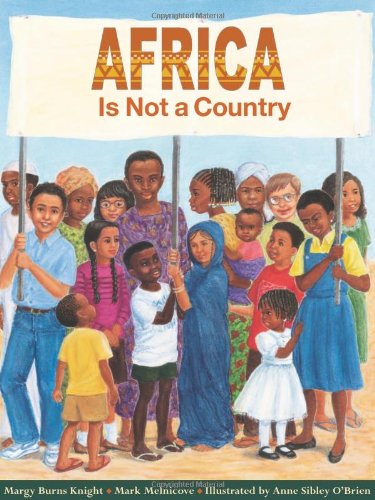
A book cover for Africa Is Not A Country; Margy Burns Knight; Children's Books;